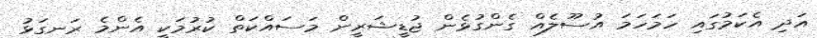
އަދި އެކަމުގައި ހަމަހަމަ އުސޫލެއް ގެންގުޅެން ޖުޑީޝަރީން މަސައްކަތް ކުރުމަކީ އެންމެ ރަނގަޅު